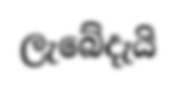
ලැබේදැයි